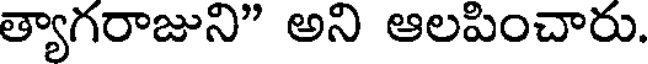
త్యాగరాజుని" అని ఆలపించారు.